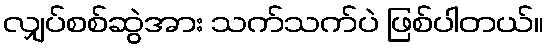
လျှပ်စစ်ဆွဲအား သက်သက်ပဲ ဖြစ်ပါတယ်။